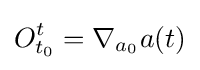
O_{t_{0}}^{t}=\nabla _{a_{0}}a(t)